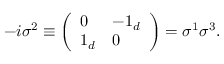
- i \sigma ^ { 2 } \equiv \left( \begin{array} { l l } { { 0 } } & { { - 1 _ { d } } } \\ { { 1 _ { d } } } & { { 0 } } \end{array} \right) = \sigma ^ { 1 } \sigma ^ { 3 } .